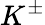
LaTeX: K^{\pm}